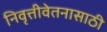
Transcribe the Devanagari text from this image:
निवृत्तीवेतनासाठी